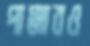
পাঞ্জাবও